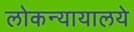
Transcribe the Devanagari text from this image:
लोकन्यायालये